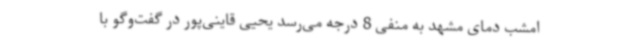
امشب دمای مشهد به منفی 8 درجه می‌رسد یحیی قاینی‌پور در گفت‌وگو با